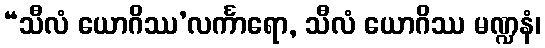
“သီလံ ယောဂိဿ’လင်္ကာရော, သီလံ ယောဂိဿ မဏ္ဍနံ၊